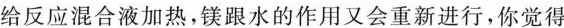
给反应混合液加热，镁跟水的作用又会重新进行，你觉得